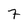
Character: 7